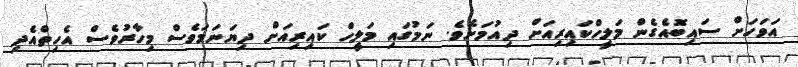
އަވަހަށް ސައިބޮއެގެން މަލީހްކައިރިއަށް ދިއުމަށެވެ. ނަމުގައި މަލީހް ކައިރިއަށް ދިޔަނަމަވެސް މިހާރުވެސް އެހިތްއެދި